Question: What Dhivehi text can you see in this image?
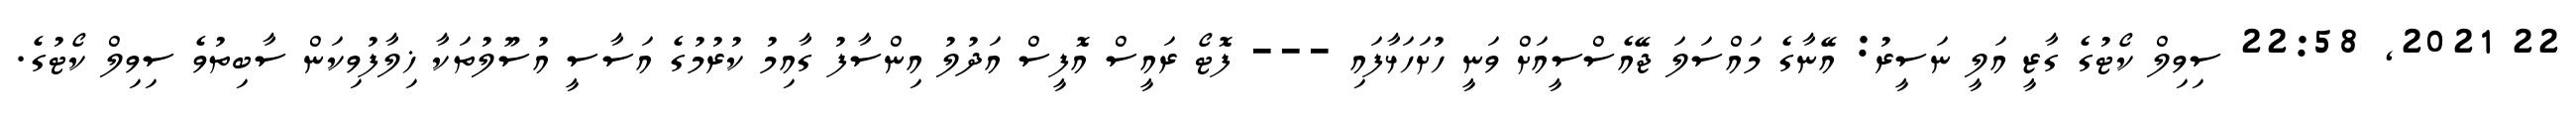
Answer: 22 2021, 22:58 ސިވިލް ކޯޓުގެ ގާޒީ އަލީ ނަސީރު: އޭނާގެ މައްސަލަ ޖޭއެސްސީއަށް ވަނީ ހުށަހަޅާފައި --- ފޮޓޯ ރައީސް އޮފީސް އަދުލު އިންސާފު ގާއިމު ކުރުމުގެ އަސާސީ އުސޫލުތަކާ ޚިލާފުވިކަން ސާބިތުވެ ސިވިލް ކޯޓުގެ.